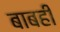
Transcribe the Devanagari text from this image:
बाबही